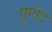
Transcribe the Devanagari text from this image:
पुणंद